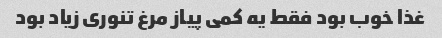
غذا خوب بود فقط یه کمی پیاز مرغ تنوری زیاد بود